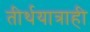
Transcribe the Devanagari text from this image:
तीर्थयात्राही